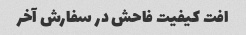
افت کیفیت فاحش در سفارش آخر